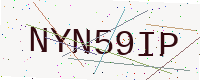
Text: NYN59IP